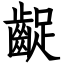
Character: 齪